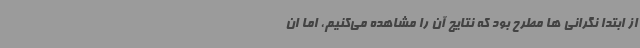
از ابتدا نگرانی ها مطرح بود که نتایج آن را مشاهده می‌کنیم، اما ان